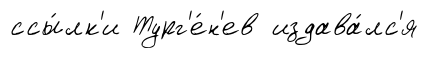
ссы́лк'и Тург'е́н'ев издава́лс'я